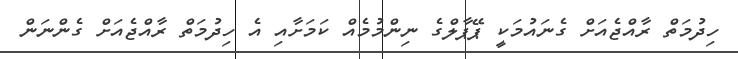
ހިދުމަތް ރާއްޖެއަށް ގެނައުމަކީ ޕޭޕާލްގެ ނިންމުމެއް ކަމަށާއި އެ ހިދުމަތް ރާއްޖެއަށް ގެންނަން